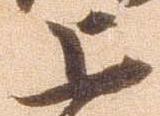
上